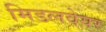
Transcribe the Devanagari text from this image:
मिडलवेयर